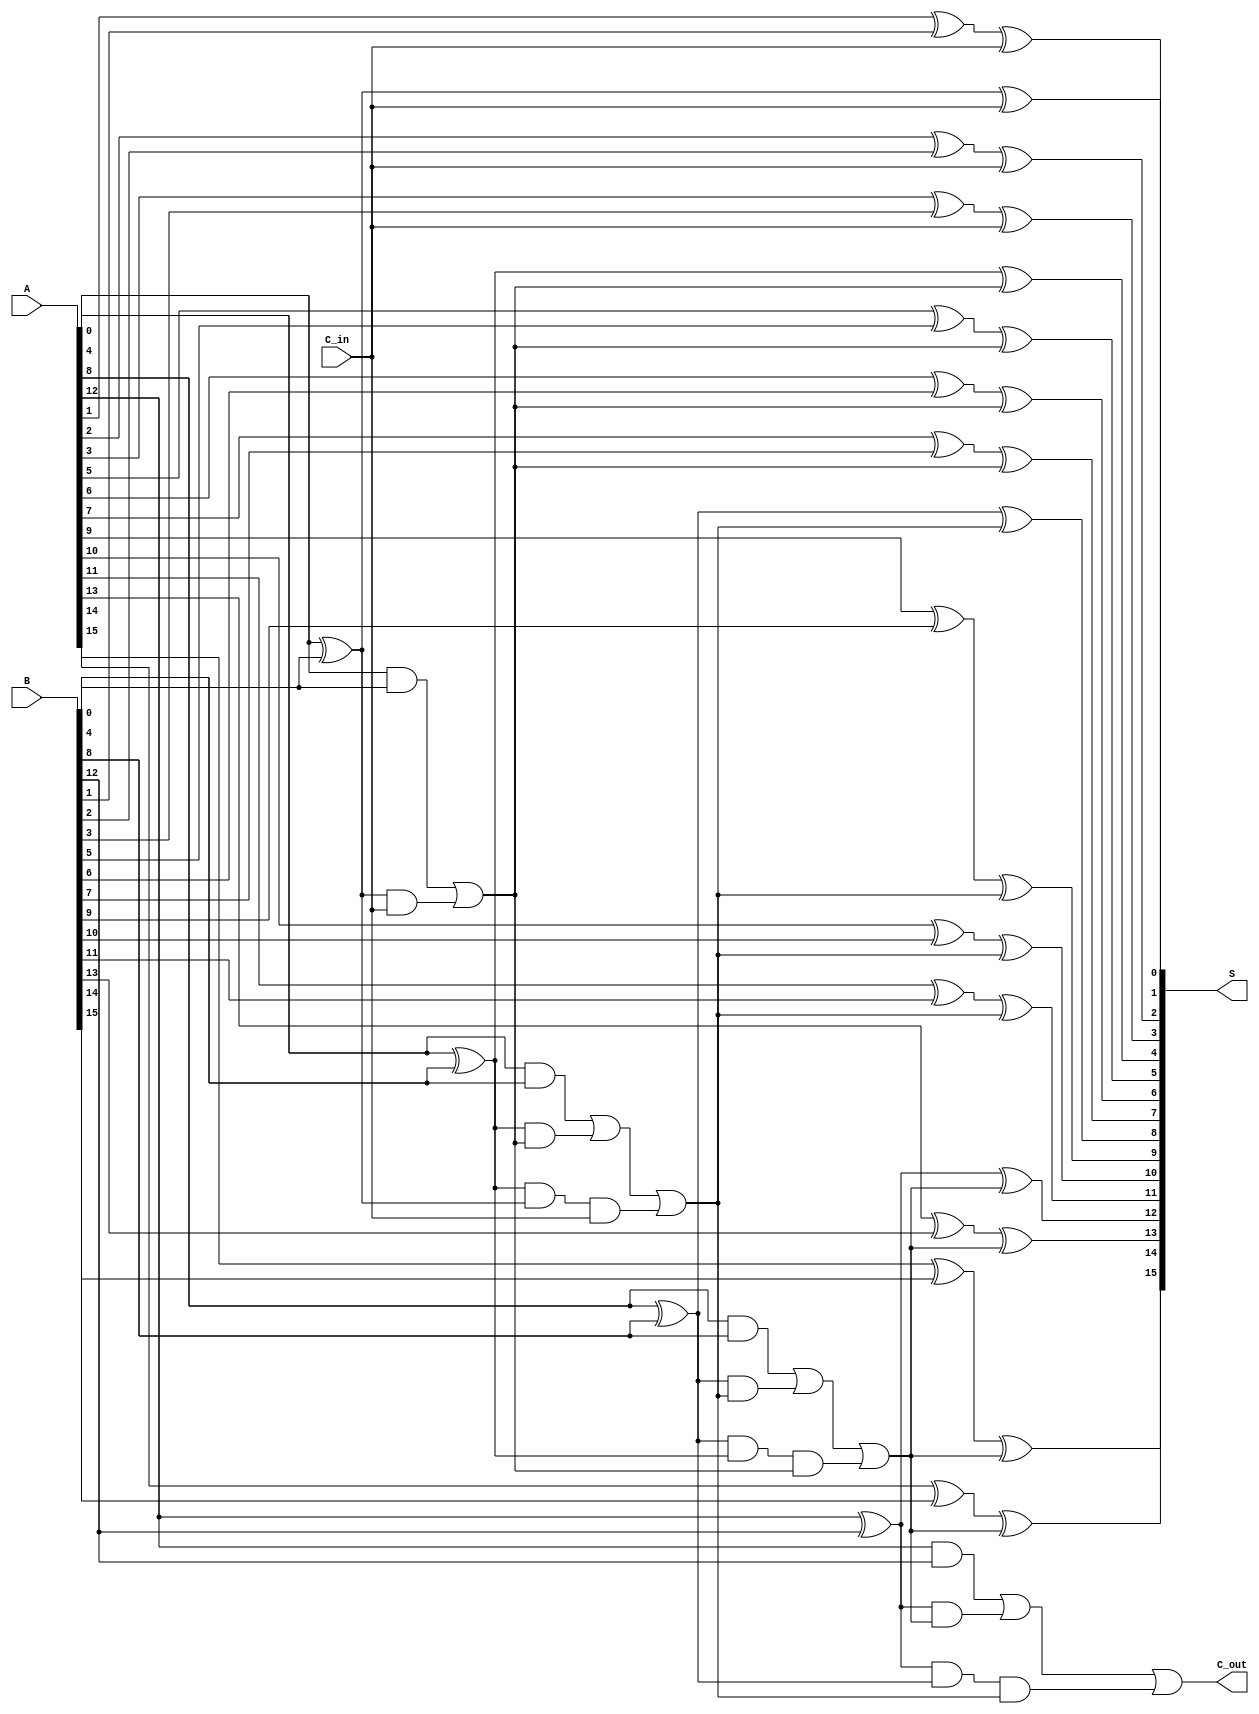
module hierarchical_carry_lookahead_adder (
    input  [15:0] A,      // 16-bit input A
    input  [15:0] B,      // 16-bit input B
    input         C_in,    // Carry-in
    output [15:0] S,      // 16-bit sum output
    output        C_out    // Carry-out
);

// Define number of bits in each group
parameter GROUP_SIZE = 4;

// Internal signals
wire [GROUP_SIZE-1:0] G [3:0];    // Generate signals for each group
wire [GROUP_SIZE-1:0] P [3:0];    // Propagate signals for each group
wire [GROUP_SIZE:0] C;             // Carry signals between groups
wire [15:0] S_temp;                // Temporary sum output

// Generate and Propagate for each bit in each group
genvar i, j;
generate
    for (i = 0; i < 4; i=i+1) begin: group
        for (j = 0; j < GROUP_SIZE; j=j+1) begin: bit
            assign G[i][j] = A[i*GROUP_SIZE + j] & B[i*GROUP_SIZE + j]; // Generate
            assign P[i][j] = A[i*GROUP_SIZE + j] ^ B[i*GROUP_SIZE + j]; // Propagate
        end
    end
endgenerate

// Carry computation for each group
assign C[0] = C_in; // Initial carry input

generate
    for (i = 0; i < 4; i=i+1) begin: carry_group
        if (i == 0) begin
            assign C[i+1] = G[i][0] | (P[i][0] & C[i]);
        end else begin
            assign C[i+1] = G[i][0] | (P[i][0] & C[i]) | (P[i][0] & P[i-1][0] & C[i-1]);
        end
    end
endgenerate

// Sum calculation for each bit
generate
    for (i = 0; i < 4; i=i+1) begin: sum_group
        for (j = 0; j < GROUP_SIZE; j=j+1) begin: sum_bit
            assign S_temp[i*GROUP_SIZE + j] = P[i][j] ^ C[i]; // Sum
        end
    end
endgenerate

// Final sum and carry out
assign S = S_temp;
assign C_out = C[4]; // Carry out from the last group

endmodule